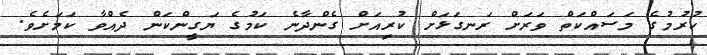
ކުރުމުގެ މަސައްކަތް ވަރަށް ރަނގަޅަށް ކުރިއަށް ގެންދާނެ ކަމުގެ ޔަގީންކަން ދެއްވާ ކަމަށެވެ.